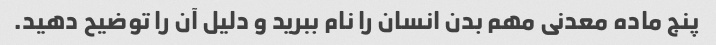
پنج ماده معدنی مهم بدن انسان را نام ببرید و دلیل آن را توضیح دهید.